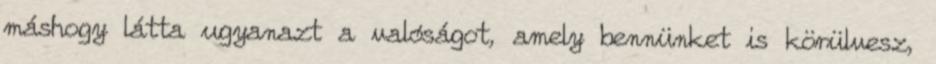
máshogy látta ugyanazt a valóságot, amely bennünket is körülvesz,